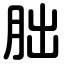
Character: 朏